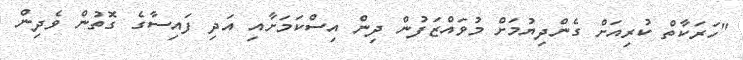
"ހަރަކާތް ކުރިއަށް ގެންދިޔުމަށް މުވައްޒަފުން ދިން އިސްކަމަށާއި އަދި ފައިސާގެ ގޮތުން ވެދިން